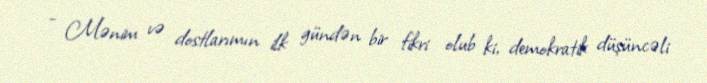
- Mənim və dostlarımın ilk gündən bir fikri olub ki, demokratik düşüncəli